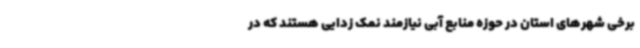
برخی شهرهای استان در حوزه منابع آبی نیازمند نمک زدایی هستند که در